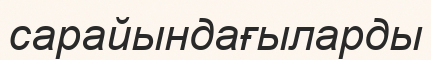
сарайындағыларды